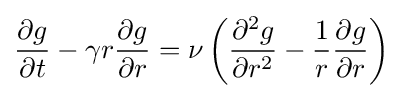
{\frac {\partial g}{\partial t}}-\gamma r{\frac {\partial g}{\partial r}}=\nu \left({\frac {\partial ^{2}g}{\partial r^{2}}}-{\frac {1}{r}}{\frac {\partial g}{\partial r}}\right)